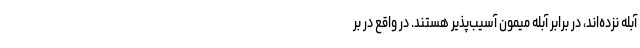
آبله نزده‌اند، در برابر آبله میمون آسیب‌پذیر هستند. در واقع در بر